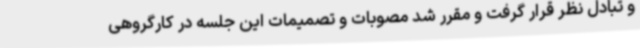
و تبادل نظر قرار گرفت و مقرر شد مصوبات و تصمیمات این جلسه در کارگروهی